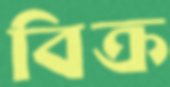
বিক্র